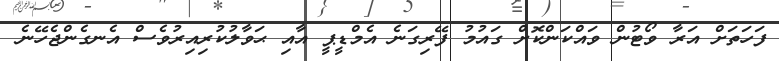
ފަހަތަށް އަރާ ވޯޓުން ވައްކަންކޮށް ގައުމު ފޭރިގަނެ އެމްޑީޕީ އާއި ޙަވާލުކުރިއިރުވެސް އެނގެންޖެހޭނެ